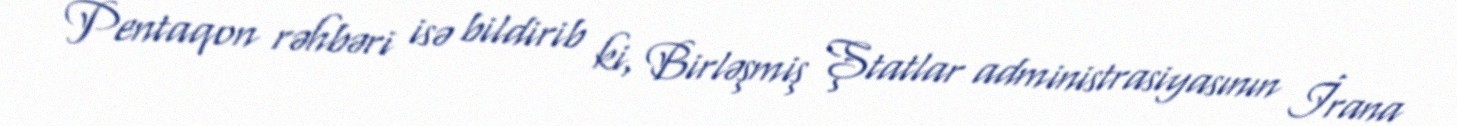
Pentaqon rəhbəri isə bildirib ki, Birləşmiş Ştatlar administrasiyasının İrana